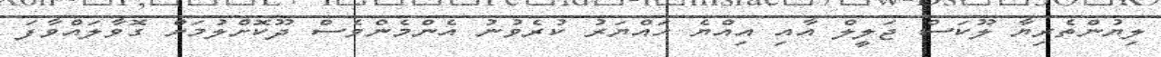
ލިޔުންތެރިޔާ ލޫކަސް ޖަލީލް އާއި އިއްޔެ ހައްޔަރު ކުރެވުނު އެންމެންވެސް ދޫކޮށްލުމަށް ގޮވާލައްވާފަ